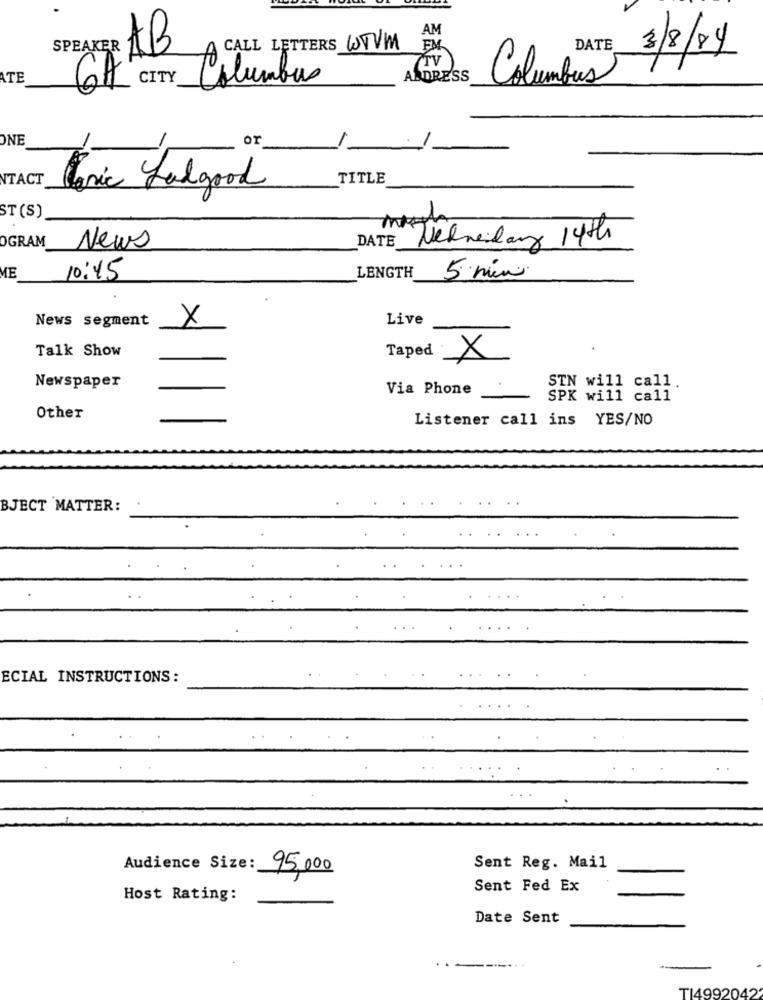
AM
SPEAKER
AB
CALL LETTERS WTVM
FM
Columbia 3/8/84
ATE
CITY
Columbus
AADRESS
6A
ONE
or
NTACT
TITLE
Toxic Ladgood
ST (S)
DATE
OGRAM
News
Vedneida 14th
ME
10:45
LENGTH
5 min.
News segment
X
Live
Talk Show
Taped X
STN will call.
Newspaper
Via Phone
SPK will call
Other
Listener call ins YES/NO
BJECT MATTER:
ECIAL INSTRUCTIONS:
Audience Size:
Sent Reg. Mail
95,000
Sent Fed Ex
Host Rating:
Date Sent
----...
TI4992042